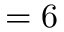
= 6